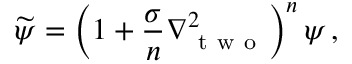
\widetilde { \psi } = \left( 1 + \frac { \sigma } { n } \nabla _ { \mathrm { ~ t ~ w ~ o ~ } } ^ { 2 } \right) ^ { n } \psi \, ,